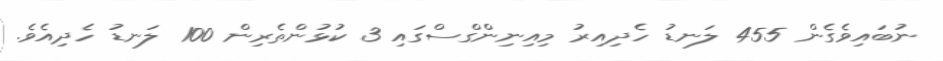
ނުބައިވެގެން 455 ލަނޑު ހެދިއިރު މިއިނިންގްސްގައި 3 ކުޅުންތެރިން 100 ލަނޑު ހެދިއެވެ.